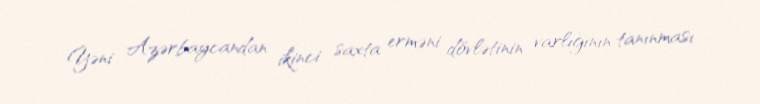
Yəni Azərbaycandan ikinci saxta erməni dövlətinin varlığının tanınması